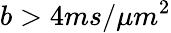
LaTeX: b>4ms/\mu m^{2}